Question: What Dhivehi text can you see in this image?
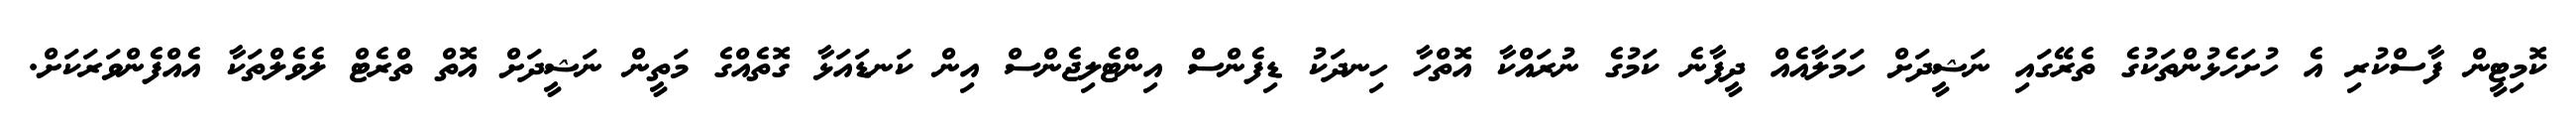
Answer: ކޮމިޓީން ފާސްކުރި އެ ހުށަހެޅުންތަކުގެ ތެރޭގައި ނަޝީދަށް ހަމަލާއެއް ދީފާނެ ކަމުގެ ނުރައްކާ އޮތްހާ ހިނދަކު ޑިފެންސް އިންޓެލިޖެންސް އިން ކަނޑައަޅާ ގޮތެއްގެ މަތީން ނަޝީދަށް އޮތް ތްރެޓް ލެވެލްތަކާ އެއްފެންވަރަކަށް.